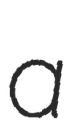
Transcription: a